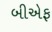
બીએફ